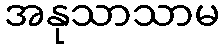
အနုသာသာမ